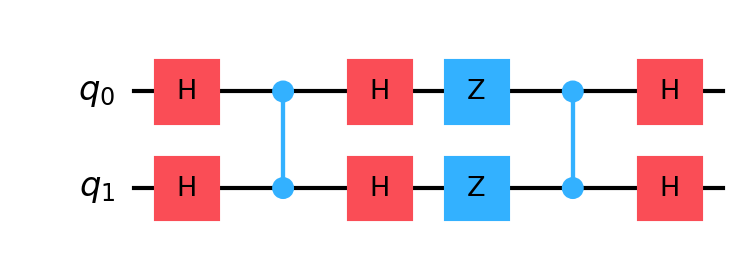
Description: Grover search modeling mining threat
描述: 模拟挖矿威胁的Grover搜索
Category: blockchain (difficulty: advanced)
Qubits: 2, circuit depth: 6
Blockchain relevance: direct

Braket implementation:
from braket.circuits import Circuit

circuit = Circuit()

# Initial Hadamard
circuit.h(0).h(1)

# Oracle: CZ
circuit.cz(0, 1)

# Diffusion operator
circuit.h(0).h(1)
circuit.z(0).z(1)
circuit.cz(0, 1)
circuit.h(0).h(1)

print(circuit)

Qiskit implementation:
from qiskit import QuantumCircuit
circuit = QuantumCircuit(2)

# Initial Hadamard
circuit.h(0).h(1)

# Oracle: CZ
circuit.cz(0, 1)

# Diffusion operator
circuit.h(0).h(1)
circuit.z(0).z(1)
circuit.cz(0, 1)
circuit.h(0).h(1)

print(circuit)